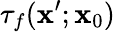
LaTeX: \tau_{f}(\mathbf{x}^{\prime};\mathbf{x}_{0})